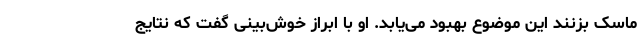
ماسک بزنند این موضوع بهبود می‌یابد. او با ابراز خوش‌بینی گفت که نتایج